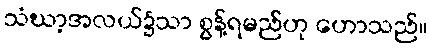
သံဃာ့အလယ်၌သာ စွန့်ရမည်ဟု ဟောသည်။